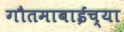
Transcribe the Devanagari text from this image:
गौतमाबाईच्या